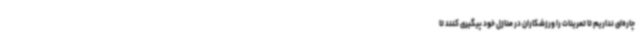
چاره‌ای نداریم تا تمرینات را ورزشکاران در منازل خود پیگیری کنند تا